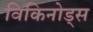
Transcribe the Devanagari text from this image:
विकिनोड्स